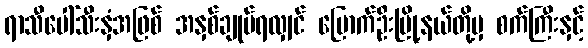
ရာသီပေါ်သီးနှံအဖြစ် အနှစ်ချုပ်ရလျှင် မြောက်ဦးမြို့နယ်တို့မှ စက်ကြီးနှင့်